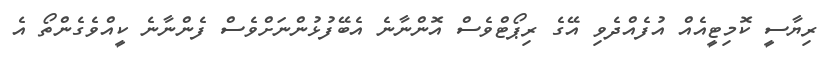
ރިޔާސީ ކޮމިޓީއެއް އުފެއްދެވި އޭގެ ރިޕޯޓްވެސް އޮންނާނެ އެބޭފުޅުންނަށްވެސް ފެންނާނެ ކީއްވެގެންތޯ އެ